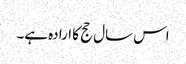
اس سال حج کا ارادہ ہے۔